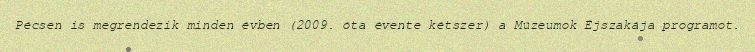
Pécsen is megrendezik minden évben (2009. óta évente kétszer) a Múzeumok Éjszakája programot.